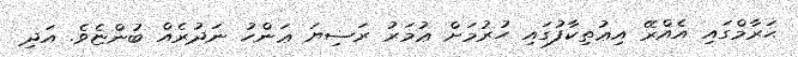
ޙަރާމްގައި އެއްރޭ އިޢުތިކާފުގައި ހުރުމަށް ޢުމަރު ރަޟިޔަ ޢަންހު ނަދުރެއް ބުންޏެވެ. އަދި